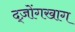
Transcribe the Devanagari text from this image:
द्ज़ोंगखाग